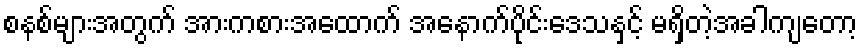
စနစ်များအတွက် အားကစားအထောက် အနောက်ပိုင်းဒေသနှင့် မရှိတဲ့အခါကျတော့